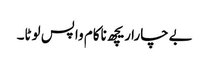
بےچارا ریچھ ناکام واپس لوٹا۔